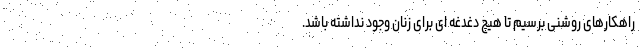
راهکارهای روشنی برسیم تا هیچ دغدغه ای برای زنان وجود نداشته باشد.